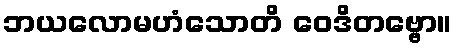
ဘယလောမဟံသောတိ ဝေဒိတဗ္ဗော။